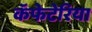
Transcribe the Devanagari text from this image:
कॅफेटेरिया